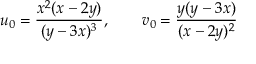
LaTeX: u _ { 0 } = \frac { x ^ { 2 } ( x - 2 y ) } { ( y - 3 x ) ^ { 3 } } , \qquad v _ { 0 } = \frac { y ( y - 3 x ) } { ( x - 2 y ) ^ { 2 } }